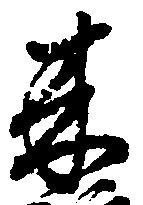
来